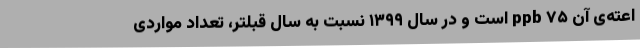
اعته‌ی آن ppb ۷۵ است و در سال ۱۳۹۹ نسبت به سال قبلتر، تعداد مواردی